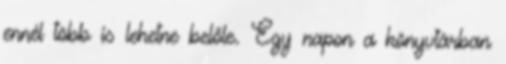
ennél több is lehetne belőle. Egy napon a könyvtárban